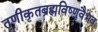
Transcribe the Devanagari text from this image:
तृणीकृतब्रह्मविष्णुवैभवः